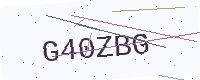
Text: G40ZBG